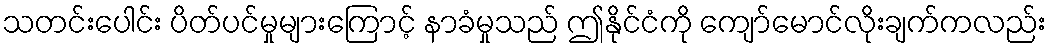
သတင်းပေါင်း ပိတ်ပင်မှုများကြောင့် နာခံမှုသည် ဤနိုင်ငံကို ကျော်မောင်လိုးချက်ကလည်း